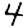
Digit: 4